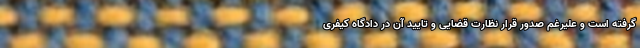
گرفته است و علیرغم صدور قرار نظارت قضایی و تایید آن در دادگاه کیفری